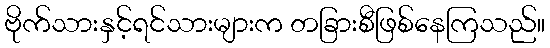
ဗိုက်သားနှင့်ရင်သားများက တခြားစီဖြစ်နေကြသည်။